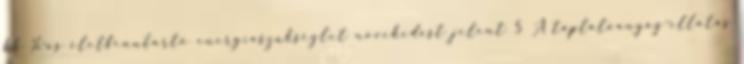
kb %-os életfenntartó energiaszükséglet növekedést jelent 5 A táplálóanyag-ellátás